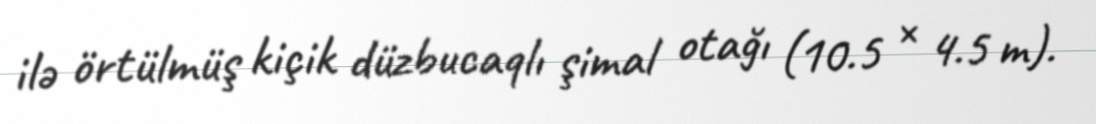
ilə örtülmüş kiçik düzbucaqlı şimal otağı (10.5 × 4.5 m).